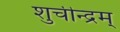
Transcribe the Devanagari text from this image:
शुचीन्द्रम्